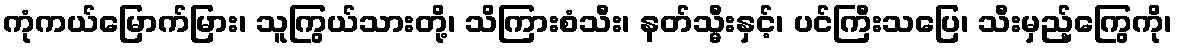
ကုံကယ်မြောက်မြား၊ သူကြွယ်သားတို့၊ သိကြားစံသီး၊ နတ်သ္မီးနှင့်၊ ပင်ကြီးသပြေ၊ သီးမှည့်ကြွေကို၊